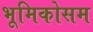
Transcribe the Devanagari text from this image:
भूमिकोसम